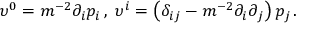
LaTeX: \upsilon ^ { 0 } = m ^ { - 2 } \partial _ { i } p _ { i } \, , \; \upsilon ^ { i } = \left( \delta _ { i j } - m ^ { - 2 } \partial _ { i } \partial _ { j } \right) p _ { j \, } .